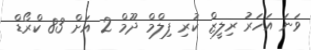
ވަނަ އަހަރު ރިލީޒް ކުރި ފިލްމް ދޫމް 2 އަށް 83 ކްރޯޑް